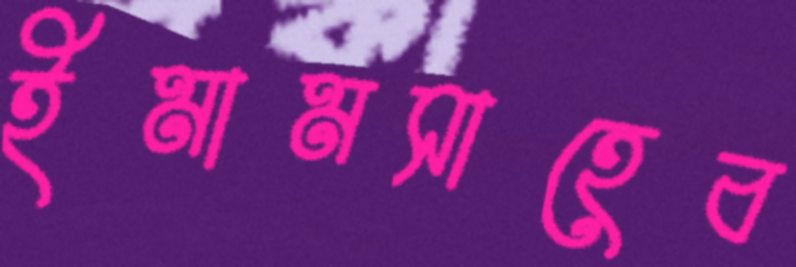
ইমামসাহেব